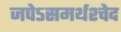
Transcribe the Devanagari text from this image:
जपेऽसमर्थश्चेद